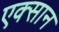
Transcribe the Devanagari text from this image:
एक्सान